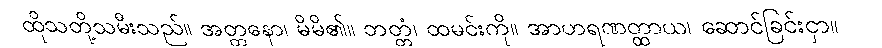
ထိုသတို့သမီးသည်။ အတ္တနော၊ မိမိ၏။ ဘတ္တံ၊ ထမင်းကို။ အာဟရဏတ္ထာယ၊ ဆောင်ခြင်းငှာ။